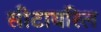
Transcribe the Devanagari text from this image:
सीटायरिल